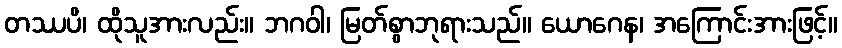
တဿပိ၊ ထိုသူအားလည်း။ ဘဂဝါ၊ မြတ်စွာဘုရားသည်။ ယောဂေန၊ အကြောင်းအားဖြင့်။